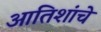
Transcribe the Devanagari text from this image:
आतिशांचे